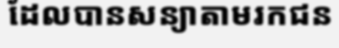
ដែលបានសន្យាតាមរកជន